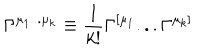
\Gamma ^ { \mu _ { 1 } . . . \mu _ { k } } \equiv { \frac { 1 } { k ! } } \Gamma ^ { [ \mu _ { 1 } } . . . \Gamma ^ { \mu _ { k } ] }